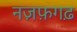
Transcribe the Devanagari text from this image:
नज़फ़गढ़